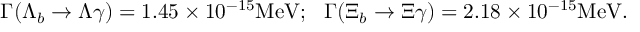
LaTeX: \Gamma ( \Lambda _ { b } \rightarrow \Lambda \gamma ) = 1 . 4 5 \times 1 0 ^ { - 1 5 } \mathrm { M e V } ; ~ ~ \Gamma ( \Xi _ { b } \rightarrow \Xi \gamma ) = 2 . 1 8 \times 1 0 ^ { - 1 5 } \mathrm { M e V } .